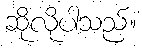
ဆိုလိုပါသည်။